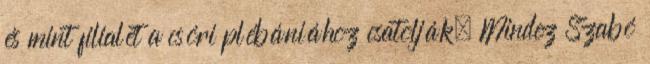
és mint filialét a csóri plébániához csatolják. Mindez Szabó